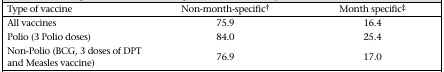
| Type of vaccine | Non-month-specific† | Month specific‡ |
 | --- | --- | --- |
 | All vaccines | 75.9 | 16.4 |
 | Polio (3 Polio doses) | 84.0 | 25.4 |
 | Non-Polio (BCG, 3 doses of DPT and Measles vaccine) | 76.9 | 17.0 |